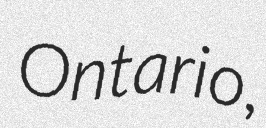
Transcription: Ontario,